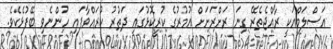
އަސްލަމްއަކީ ރާއްޖެތެރޭ ގިނަ ރަށްރަށަށް އުމުރުގެ ކުރީކޮޅުގައި ދަތުރު ކުރައްވާފައި ހުންނެވި ބޭފުޅެކެވެ.